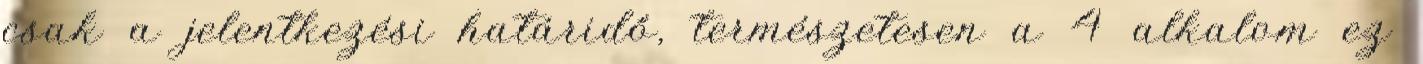
csak a jelentkezési határidő, természetesen a 4 alkalom ez